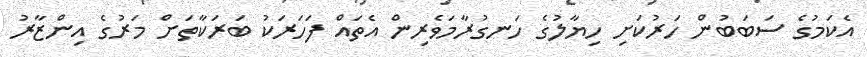
އެކަމުގެ ސަބަބުން ހަރުކަށި ހިޔާލުގެ ހަނގުރާމަވެރިން އެތައް ފަހަރަކު ބަރަކާތަށް މަރުގެ އިންޒާރު